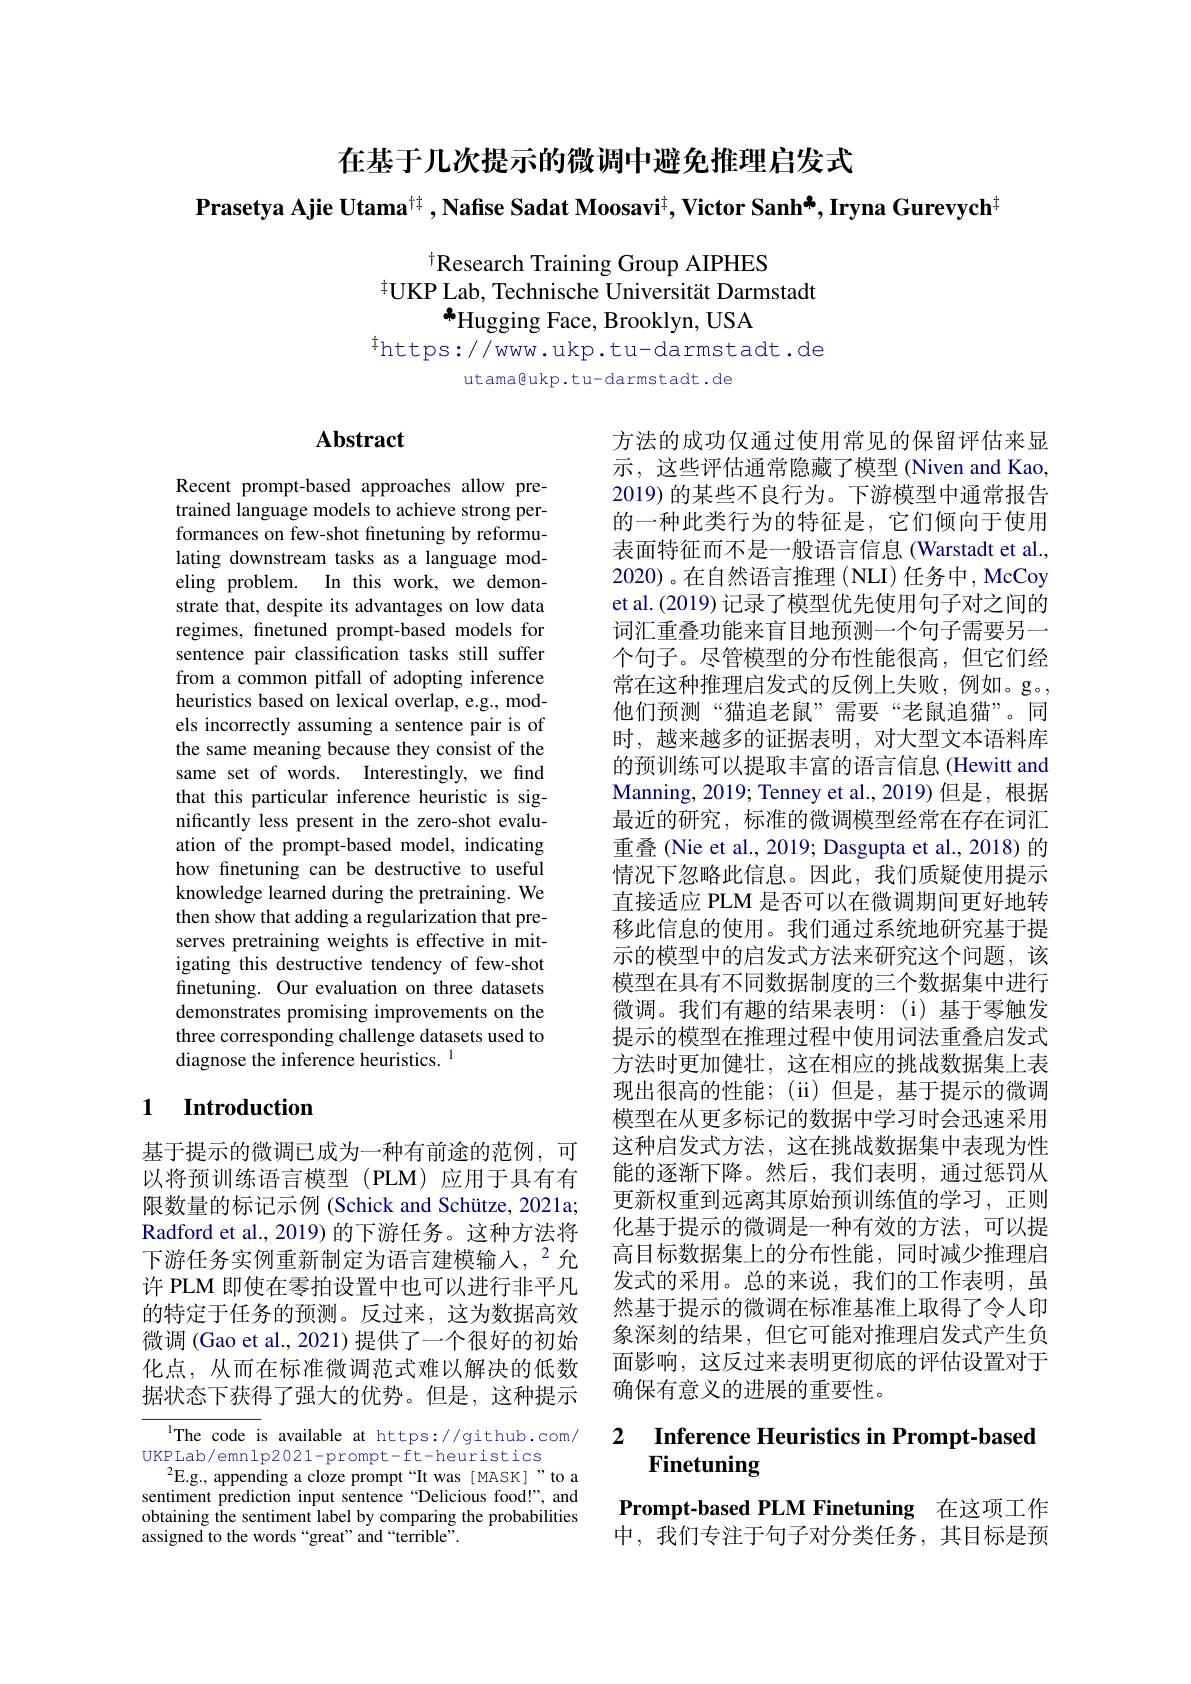
在基于几次提示的微调中避免推理启发式
$\textbf{Prasetya Ajie Utama}^{\dagger\dagger},\textbf{Nafise Sadat Moosavi}^{\dagger},\textbf{Victor Sanh*,Iryna Gurevych}^{\dagger}$
$$^{\dagger}\text{Research Training Group AIPHES}\\^{\ddagger}\text{UKP Lab, Technische Universität Darmstadt}\\\bullet_{\text{Hugging Face, Brooklyn, USA}}\\^{\ddagger}\text{https://www.ukp.tu-darmstadt.de}\\\text{utama@ukp.tu-darmstadt.de}$$
## Abstract

Recent prompt-based approaches allow pretrained language models to achieve strong performances on few-shot finetuning by reformulating downstream tasks as a language modeling problem. In this work, we demonstrate that, despite its advantages on low data regimes, finetuned prompt-based models for sentence pair classification tasks still suffer from a common pitfall of adopting inference heuristics based on lexical overlap, e.g., models incorrectly assuming a sentence pair is of the same meaning because they consist of the same set of words. Interestingly, we find that this particular inference heuristic is significantly less present in the zero-shot evaluation of the prompt-based model, indicating how finetuning can be destructive to useful knowledge learned during the pretraining. We then show that adding a regularization that preserves pretraining weights is effective in mitigating this destructive tendency of few-shot finetuning. Our evaluation on three datasets demonstrates promising improvements on the three corresponding challenge datasets used to diagnose the inference heuristics. $^{\mathrm{l}}$

## 1 Introduction

基于提示的微调已成为一种有前途的范例，可以将预训练语言模型(PLM)应用于具有有限数量的标记示例 (Schick and Schütze, 2021a; Radford et al., 2019) 的下游任务。这种方法将下游任务实例重新制定为语言建模输人，$^{2}$允许 PLM 即使在零拍设置中也可以进行非平凡的特定于任务的预测。反过来，这为数据高效微调 (Gao et al., 2021) 提供了一个很好的初始化点，从而在标准微调范式难以解决的低数据状态下获得了强大的优势。但是，这种提示

$^{\mathrm{l}}$The code is available at https://github.com/
UKPLab/emnlp2021-prompt-ft-heuristics
$^{2}$E.g., appending a cloze prompt“It was [ MASK]”to a sentiment prediction input sentence“Delicious food!”, and obtaining the sentiment label by comparing the probabilities assigned to the words “great”and“terrible”.

方法的成功仅通过使用常见的保留评估来显示，这些评估通常隐藏了模型 (Niven and Kao, 2019) 的某些不良行为。下游模型中通常报告的一种此类行为的特征是，它们倾向于使用表面特征而不是一般语言信息 (Warstadt et al., 2020)。在自然语言推理 (NLI) 任务中，McCoy et al. (2019) 记录了模型优先使用句子对之间的词汇重叠功能来盲目地预测一个句子需要另一个句子。尽管模型的分布性能很高，但它们经常在这种推理启发式的反例上失败，例如。g。他们预测“猫追老鼠”需要“老鼠追猫”。同时，越来越多的证据表明，对大型文本语料库的预训练可以提取丰富的语言信息(Hewitt and Manning, 2019; Tenney et al., 2019) 但是，根据最近的研究，标准的微调模型经常在存在词汇重叠 (Nie et al., 2019; Dasgupta et al., 2018) 的情况下忽略此信息。因此，我们质疑使用提示直接适应 PLM 是否可以在微调期间更好地转移此信息的使用。我们通过系统地研究基于提示的模型中的启发式方法来研究这个问题，该模型在具有不同数据制度的三个数据集中进行微调。我们有趣的结果表明：(i)基于零触发提示的模型在推理过程中使用词法重叠启发式方法时更加健壮，这在相应的挑战数据集上表现出很高的性能；(ii)但是，基于提示的微调模型在从更多标记的数据中学习时会迅速采用这种启发式方法，这在挑战数据集中表现为性能的逐渐下降。然后，我们表明，通过惩罚从更新权重到远离其原始预训练值的学习，正则化基于提示的微调是一种有效的方法，可以提高目标数据集上的分布性能，同时减少推理启发式的采用。总的来说，我们的工作表明，虽然基于提示的微调在标准基准上取得了令人印象深刻的结果，但它可能对推理启发式产生负面影响，这反过来表明更彻底的评估设置对于确保有意义的进展的重要性。

### 2 $\textbf{Inference Heuristics in Prompt- based}$ Finetuning

Prompt-based PLM Finetuning 在这项工作中，我们专注于句子对分类任务，其目标是预